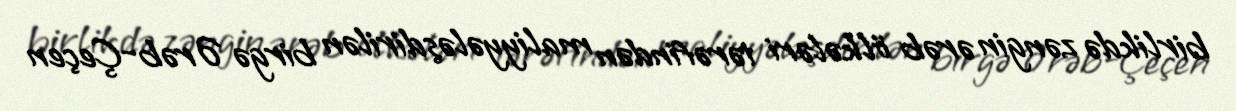
birlikdə zəngin ərəb ölkələri tərəfindən maliyyələşdirilən birgə Ərəb-Çeçen